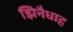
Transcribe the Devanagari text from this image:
झिनैधाह